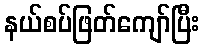
နယ်စပ်ဖြတ်ကျော်ပြီး